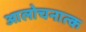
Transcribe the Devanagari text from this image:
आलोचनात्क